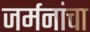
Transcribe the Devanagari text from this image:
जर्मनांचा